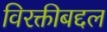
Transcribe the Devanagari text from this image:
विरक्तीबद्दल